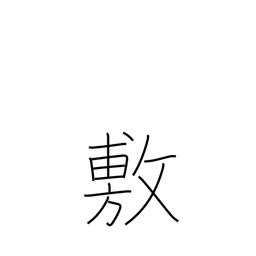
Meaning: promulgate